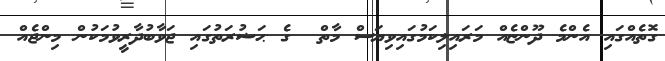
ގޮތެއްގައި އެންމެ ދޫންޏެއް މަރައިލިކަމުގައިވިޔަސް މާތް  ގެ ޙަޟުރަތުގައި ޖަވާބުދާރީވުމަކުން މިންޖެއް